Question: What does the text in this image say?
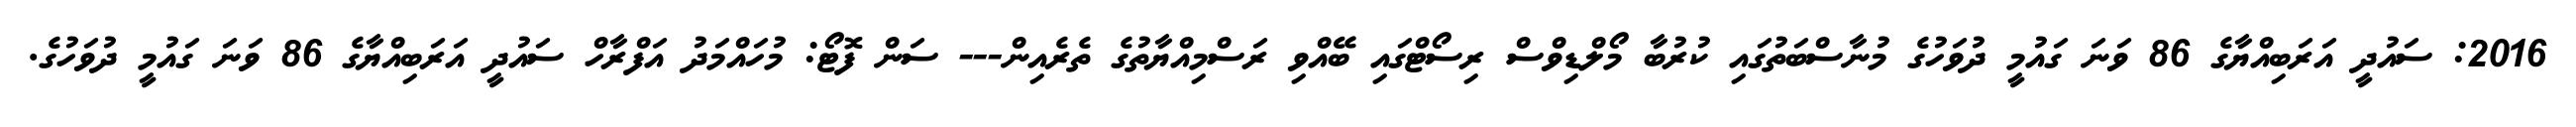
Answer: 2016: ސައުދީ އަރަބިއްޔާގެ 86 ވަނަ ގައުމީ ދުވަހުގެ މުނާސްބަތުގައި ކުރުބާ މޯލްޑިވްސް ރިސޯޓްގައި ބޭއްވި ރަސްމިއްޔާތުގެ ތެރެއިން--- ސަން ފޮޓޯ: މުހައްމަދު އަފްރާހް ސައުދީ އަރަބިއްޔާގެ 86 ވަނަ ގައުމީ ދުވަހުގެ.